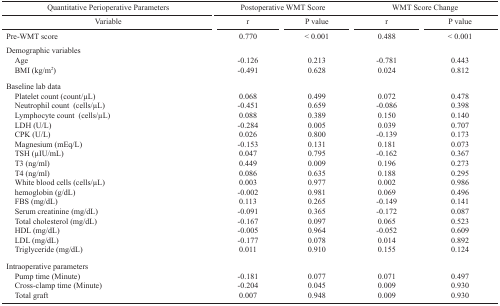
<table><thead><tr><td><b>Quantitative Perioperative Parameters</b></td><td colspan="2"><b>Postoperative WMT Score</b></td><td colspan="2"><b>WMT Score Change</b></td></tr><tr><td><b>Variable</b></td><td><b>r</b></td><td><b>P value</b></td><td><b>r</b></td><td><b>P value</b></td></tr></thead><tbody><tr><td>Pre-WMT score</td><td>0.770</td><td>&lt; 0.001</td><td>0.488</td><td>&lt; 0.001</td></tr><tr><td>Demographic variablesAgeBMI (kg/m<sup>2</sup>)</td><td>-0.126-0.491</td><td>0.2130.628</td><td>-0.7810.024</td><td>0.4430.812</td></tr><tr><td>Baseline lab dataPlatelet count (count/μL)Neutrophil count (cells/μL)Lymphocyte count (cells/μL)LDH (U/L)CPK (U/L)Magnesium (mEq/L)TSH (μIU/mL)T3 (ng/ml)T4 (ng/ml)White blood cells (cells/μL)hemoglobin (g/dL)FBS (mg/dL)Serum creatinine (mg/dL)Total cholesterol (mg/dL)HDL (mg/dL)LDL (mg/dL)Triglyceride (mg/dL)</td><td>0.068-0.4510.088-0.2840.026-0.1530.0470.4490.0860.003-0.0020.113-0.091-0.167-0.005-0.1770.011</td><td>0.4990.6590.3890.0050.8000.1310.7950.0090.6350.9770.9810.2650.3650.0970.9640.0780.910</td><td>0.072-0.0860.1500.039-0.1390.181-0.1620.1960.1880.0020.069-0.149-0.1720.065-0.0520.0140.155</td><td>0.4780.3980.1400.7070.1730.0730.3670.2730.2950.9860.4960.1410.0870.5230.6090.8920.124</td></tr><tr><td>Intraoperative parametersPump time (Minute)Cross-clamp time (Minute)Total graft</td><td>-0.181-0.2040.007</td><td>0.0770.0450.948</td><td>0.0710.0090.009</td><td>0.4970.9300.930</td></tr></tbody></table>